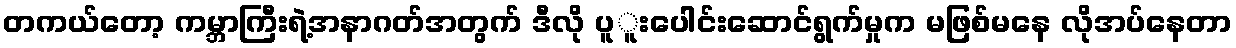
တကယ်တော့ ကမ္ဘာကြီးရဲ့အနာဂတ်အတွက် ဒီလို ပူူးပေါင်းဆောင်ရွက်မှုက မဖြစ်မနေ လိုအပ်နေတာ